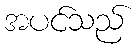
အပင်သည်